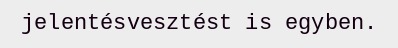
jelentésvesztést is egyben.